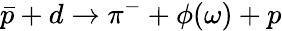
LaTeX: \bar{p}+d\to\pi^{-}+\phi(\omega)+p